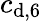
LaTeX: c_{\textup{d,6}}